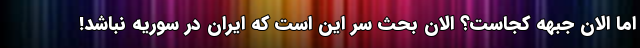
اما الان جبهه کجاست؟ الان بحث سر این است که ایران در سوریه نباشد!